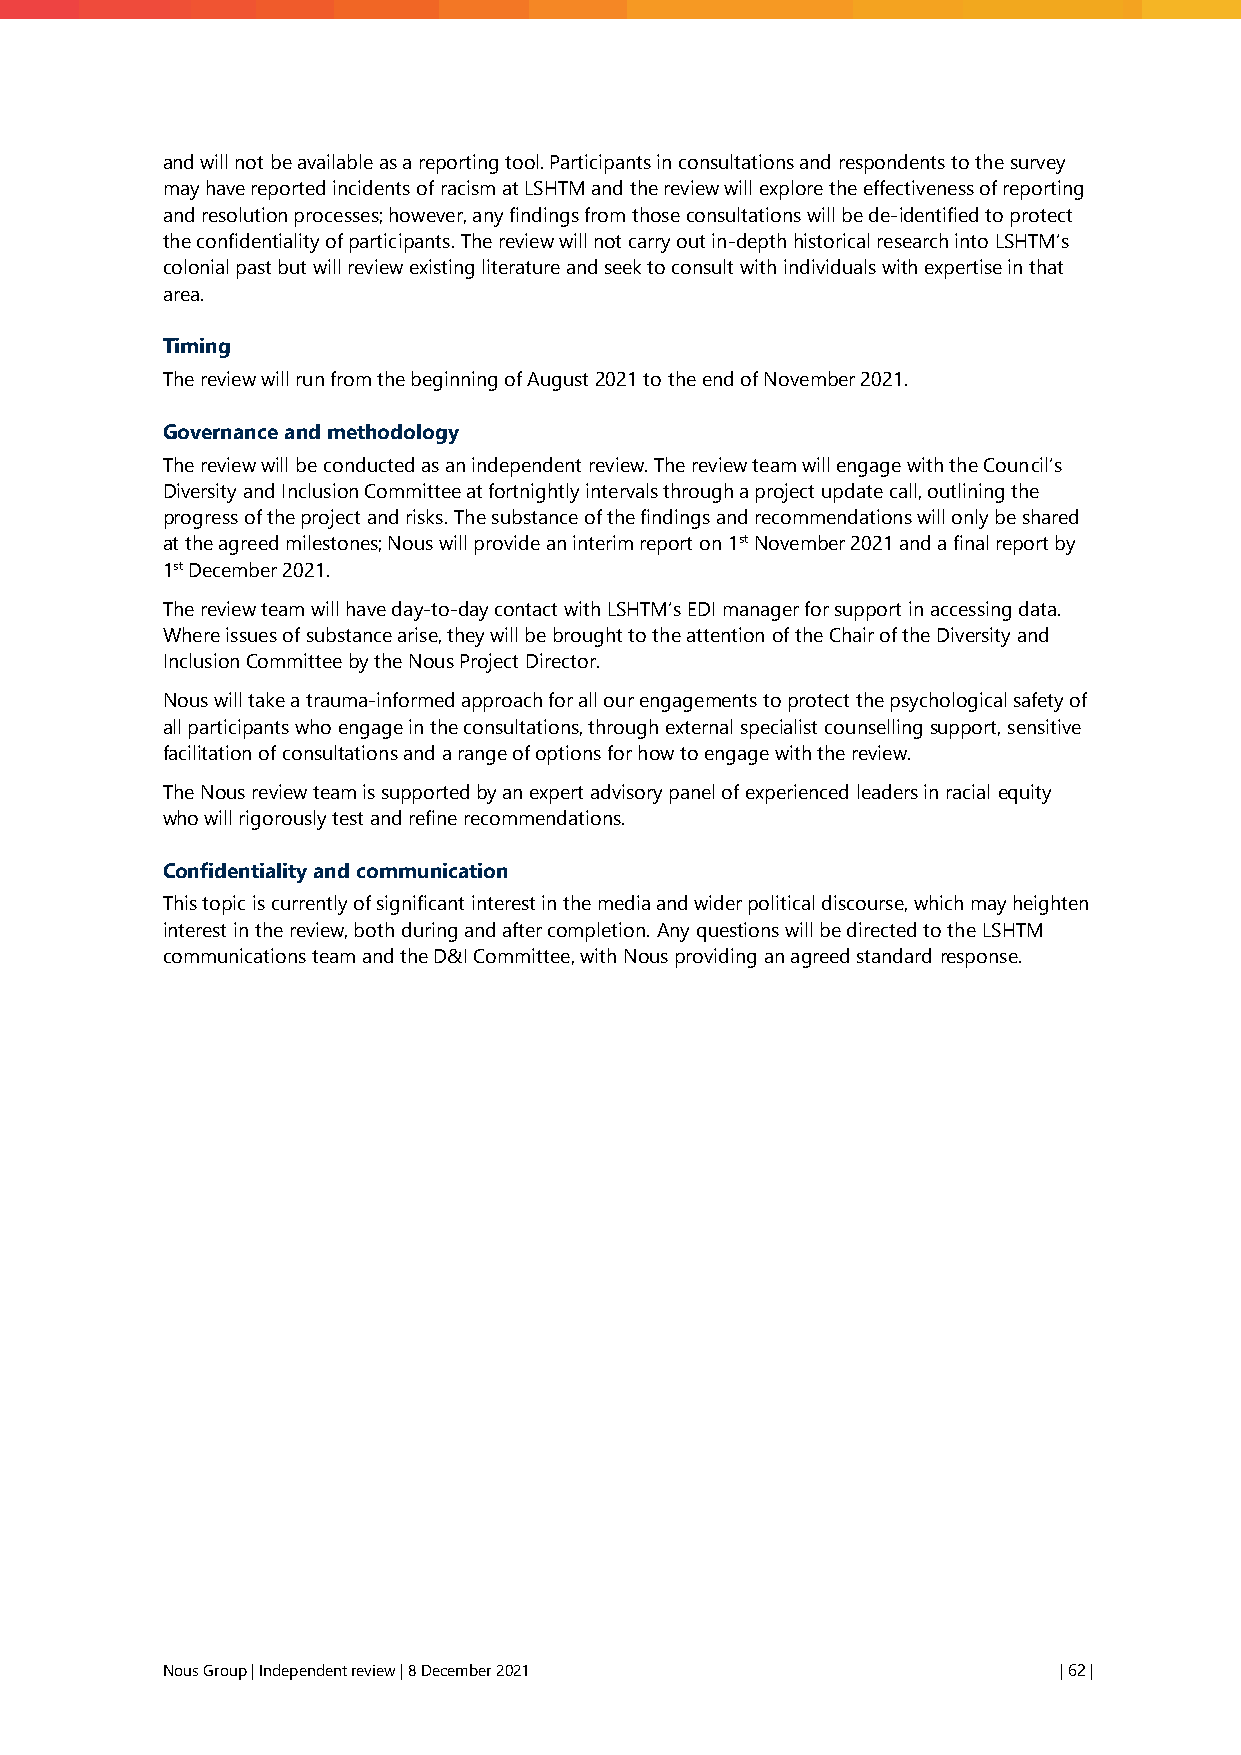
and will not be available as a reporting tool. Participants in consultations and respondents to the survey
 may have reported incidents of racism at LSHTM and the review will explore the effectiveness of reporting
 and resolution processes; however, any findings from those consultations will be de-identified to protect
 the confidentiality of participants. The review will not carry out in-depth historical research into LSHTM’s
 colonial past but will review existing literature and seek to consult with individuals with expertise in that
 area.
 Timing
 The review will run from the beginning of August 2021 to the end of November 2021.
 Governance and methodology
 The review will be conducted as an independent review. The review team will engage with the Council’s
 Diversity and Inclusion Committee at fortnightly intervals through a project update call, outlining the
 progress of the project and risks. The substance of the findings and recommendations will only be shared
 at the agreed milestones; Nous will provide an interim report on 1st November 2021 and a final report by
 1st December 2021.
 The review team will have day-to-day contact with LSHTM’s EDI manager for support in accessing data.
 Where issues of substance arise, they will be brought to the attention of the Chair of the Diversity and
 Inclusion Committee by the Nous Project Director.
 Nous will take a trauma-informed approach for all our engagements to protect the psychological safety of
 all participants who engage in the consultations, through external specialist counselling support, sensitive
 facilitation of consultations and a range of options for how to engage with the review.
 The Nous review team is supported by an expert advisory panel of experienced leaders in racial equity
 who will rigorously test and refine recommendations.
 Confidentiality and communication
 This topic is currently of significant interest in the media and wider political discourse, which may heighten
 interest in the review, both during and after completion. Any questions will be directed to the LSHTM
 communications team and the D&I Committee, with Nous providing an agreed standard response.
 Nous Group | Independent review | 8 December 2021          | 62 |